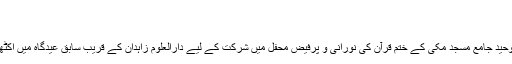
آج : 17 July , 2015
| اشاعت: 17 07 2015
’سنی آن لائن‘ کے نامہ نگاروں کے مطابق دو لاکھ کے قریب فرزندان توحید جامع مسجد مکی کے ختم قرآن کی نورانی و پرفیض محفل میں شرکت کے لیے دارالعلوم زاہدان کے قریب سابق عیدگاہ میں اکٹھے ہوئے جہاں نماز تراویح سے قبل اور بعد علمائے کرام نے خطاب کیا۔